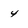
Character: 4